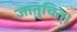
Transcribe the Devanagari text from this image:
जातुचित्।